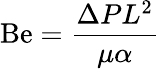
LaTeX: \mathrm{Be}={\frac{\Delta PL^{2}}{\mu\alpha}}